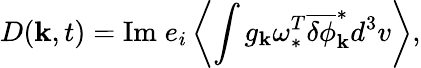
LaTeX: D({\mathbf k},t)=\mathrm{Im}\; e_{i}\left\langle\int g_{\mathbf k}\omega_{\ast}^{T}\overline{{\delta\phi}}_{\mathbf k}^{\ast}d^{3}v\right\rangle,